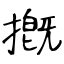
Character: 摡